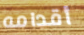
أقدامه